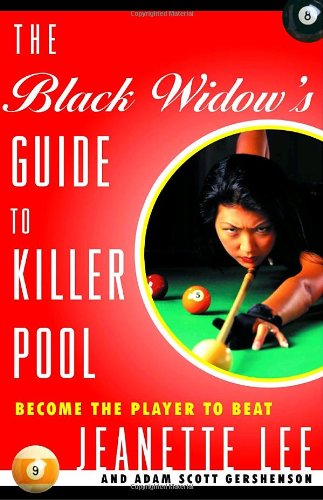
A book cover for The Black Widow's Guide to Killer Pool: Become the Player to Beat; Jeanette Lee; Sports & Outdoors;